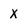
Character: x